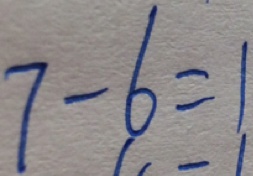
7 - 6 = 1